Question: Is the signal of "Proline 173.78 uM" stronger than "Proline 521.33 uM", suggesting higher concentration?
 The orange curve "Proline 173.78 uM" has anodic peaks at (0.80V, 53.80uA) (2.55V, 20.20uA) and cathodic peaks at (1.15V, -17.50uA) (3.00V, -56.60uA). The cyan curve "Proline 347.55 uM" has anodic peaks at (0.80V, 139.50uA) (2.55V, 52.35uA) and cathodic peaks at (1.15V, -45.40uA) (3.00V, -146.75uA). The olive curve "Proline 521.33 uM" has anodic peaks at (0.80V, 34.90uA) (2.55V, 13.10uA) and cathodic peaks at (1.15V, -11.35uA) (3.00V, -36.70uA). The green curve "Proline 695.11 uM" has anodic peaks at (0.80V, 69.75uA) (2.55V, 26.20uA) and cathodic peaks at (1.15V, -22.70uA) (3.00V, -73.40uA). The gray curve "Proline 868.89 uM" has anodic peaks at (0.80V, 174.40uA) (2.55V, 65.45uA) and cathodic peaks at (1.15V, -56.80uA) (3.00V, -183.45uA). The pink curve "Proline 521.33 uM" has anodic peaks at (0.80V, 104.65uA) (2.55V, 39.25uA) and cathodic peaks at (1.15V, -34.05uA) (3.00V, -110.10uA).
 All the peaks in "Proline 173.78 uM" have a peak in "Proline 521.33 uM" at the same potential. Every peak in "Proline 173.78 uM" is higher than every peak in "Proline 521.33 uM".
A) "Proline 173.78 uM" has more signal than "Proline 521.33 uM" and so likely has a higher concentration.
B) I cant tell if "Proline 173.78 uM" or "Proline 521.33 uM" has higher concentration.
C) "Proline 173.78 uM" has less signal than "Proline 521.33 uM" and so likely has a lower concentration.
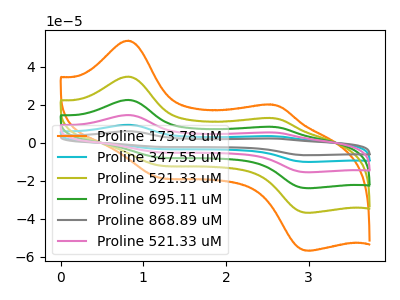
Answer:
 <answer>A) "Proline 173.78 uM" has more signal than "Proline 521.33 uM" and so likely has a higher concentration.</answer>
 <eval>A</eval>